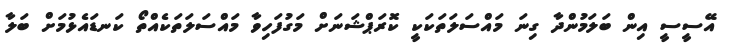
އޭސީސީ އިން ބަލަމުންދާ ގިނަ މައްސަލަތަކަކީ ކޮރަޕްޝަނަށް މަގުފަހިވާ މައްސަލަތަކެއްތޯ ކަނޑައެޅުމަށް ބަލާ